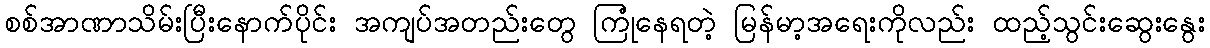
စစ်အာဏာသိမ်းပြီးနောက်ပိုင်း အကျပ်အတည်းတွေ ကြုံနေရတဲ့ မြန်မာ့အရေးကိုလည်း ထည့်သွင်းဆွေးနွေး